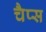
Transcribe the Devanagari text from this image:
चैप्स